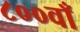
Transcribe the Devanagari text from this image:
८००वाँ